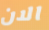
الان